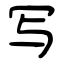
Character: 写